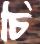
চি